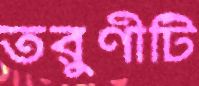
তরুণীটি